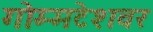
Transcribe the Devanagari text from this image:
गोम्मटेशवर